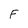
Character: f